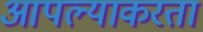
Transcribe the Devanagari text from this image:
आपल्याकरता